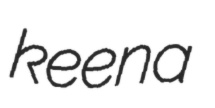
keena